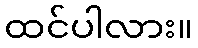
ထင်ပါလား။